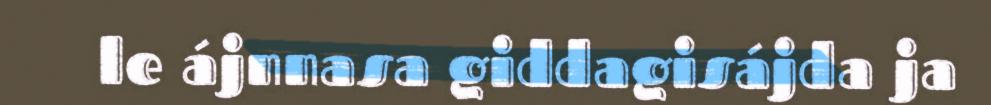
le ájnnasa giddagisájda ja